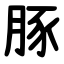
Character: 豚